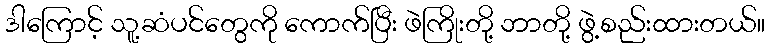
ဒါကြောင့် သူ့ဆံပင်တွေကို ကောက်ပြီး ဖဲကြိုးတို့ ဘာတို့ ဖွဲ့စည်းထားတယ်။